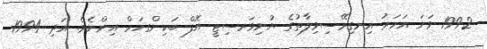
1992 ވަނަ އަހަރު އިނގިރޭސިވިލާތުގެ ޔުނިވަރސިޓީ އޮފް ބަކިންގހަމް އިންނެވެ. އަދި 1994